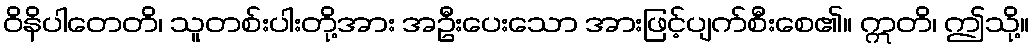
ဝိနိပါတေတိ၊ သူတစ်းပါးတို့အား အဦးပေးသော အားဖြင့်ပျက်စီးစေ၏။ ဣတိ၊ ဤသို့။